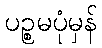
ပဉ္စမပုံမှန်